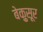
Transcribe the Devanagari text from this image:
बेक़ुसूर